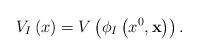
LaTeX: \begin{align*}V_{I}\left(x\right)=V\left(\phi_{I}\left(x^0,{\bf x}\right)\right).\end{align*}